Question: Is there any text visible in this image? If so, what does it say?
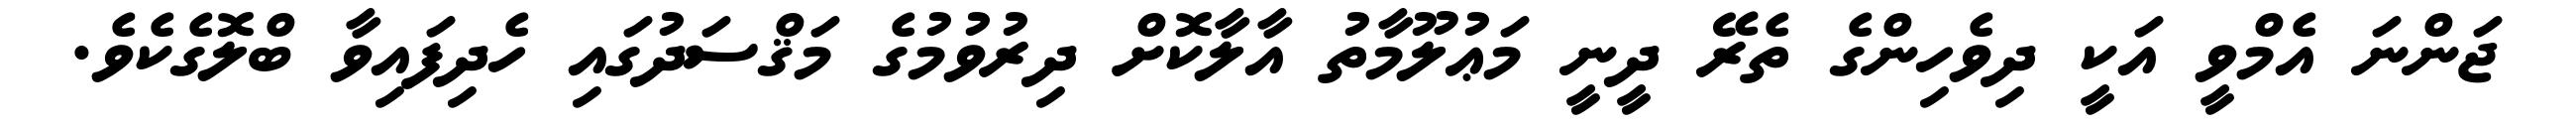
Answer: ޖަންނަ އެމްވީ އަކީ ދިވެހިންގެ ތެރޭ ދީނީ މަޢުލޫމާތު އާލާކޮށް ދިރުވުމުގެ މަޤްސަދުގައި ހެދިފައިވާ ބްލޮގެކެވެ.